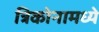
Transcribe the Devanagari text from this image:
त्रिकोनामध्ये